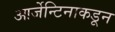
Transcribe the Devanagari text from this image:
आर्जेन्टिनाकडून